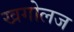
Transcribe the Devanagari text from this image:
खगोलज